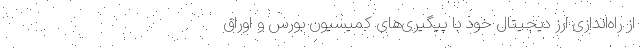
از راه‌اندازی ارز دیجیتال خود با پیگیری‌های کمیسیون بورس و اوراق